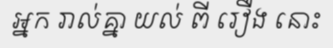
អ្នក រាល់គ្នា យល់ ពី រឿង នោះ